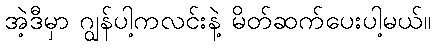
အဲ့ဒီမှာ ဂျွန်ပါ့ကလင်းနဲ့ မိတ်ဆက်ပေးပါ့မယ်။